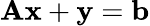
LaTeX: \mathbf{A}\mathbf{x}+\mathbf{y}=\mathbf{b}